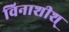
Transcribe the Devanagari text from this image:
विनाशीश्